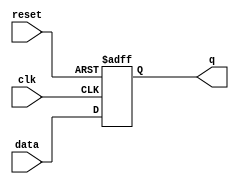
// Asynchronous D Flip Flop 

module dff_async(data,clk,reset,q);

input data,clk,reset;
output q;

reg q;

always @(posedge clk or negedge reset)
begin
if (~reset)
	q<=1'b0;
else 
	q<=data;
end

endmodule